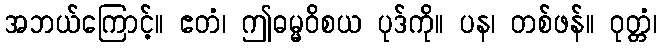
အဘယ်ကြောင့်။ ဧတံ၊ ဤဓမ္မဝိစယ ပုဒ်ကို။ ပန၊ တစ်ဖန်။ ဝုတ္တံ၊